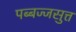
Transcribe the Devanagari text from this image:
पब्बज्जसुत्त